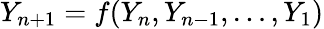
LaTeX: Y_{n+1}=f(Y_{n},Y_{n-1},\ldots,Y_{1})